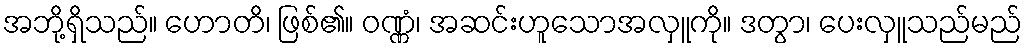
အဘို့ရှိသည်။ ဟောတိ၊ ဖြစ်၏။ ဝဏ္ဏံ၊ အဆင်းဟူသောအလှူကို။ ဒတွာ၊ ပေးလှူသည်မည်